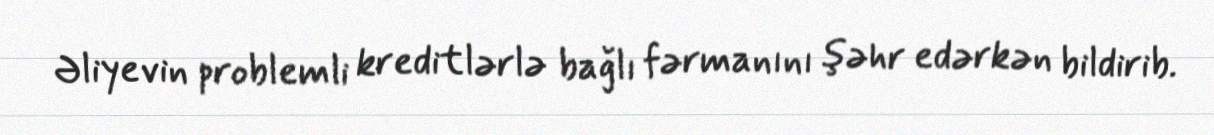
Əliyevin problemli kreditlərlə bağlı fərmanını şəhr edərkən bildirib.